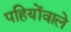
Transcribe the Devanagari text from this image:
पहियोंवाले